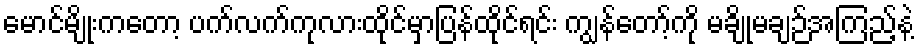
မောင်မျိုးကတော့ ပက်လက်ကုလားထိုင်မှာပြန်ထိုင်ရင်း ကျွန်တော့်ကို မချိုမချဉ်အကြည့်နဲ့